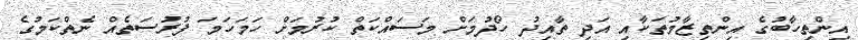
އިންތިހާބުގެ އިންތިޒާމުތަކާއި އަދި ތާއިދު ހޯދުމަށް މަސައްކަތް ކުރުމަށް ހަމަހަމަ ފުރުސަތެއް ނެތްކަމުގެ